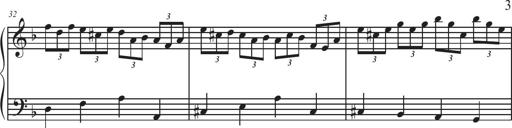
Title: Sonatina Espania
Composer: Jerald Franklin Archer
Key: Various